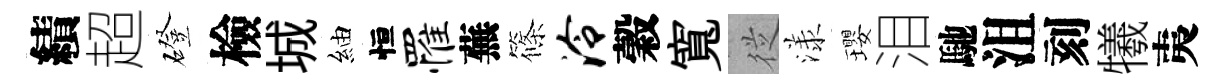
績超磴檢城紬恒罹蕪篠泠穀寬従漾瓔泪馳沮刻犧夷